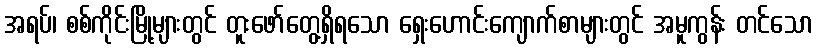
အရပ်၊ စစ်ကိုင်းမြို့များတွင် တူးဖော်တွေ့ရှိရသော ရှေးဟောင်းကျောက်စာများတွင် အမူကွန်း တင်သော